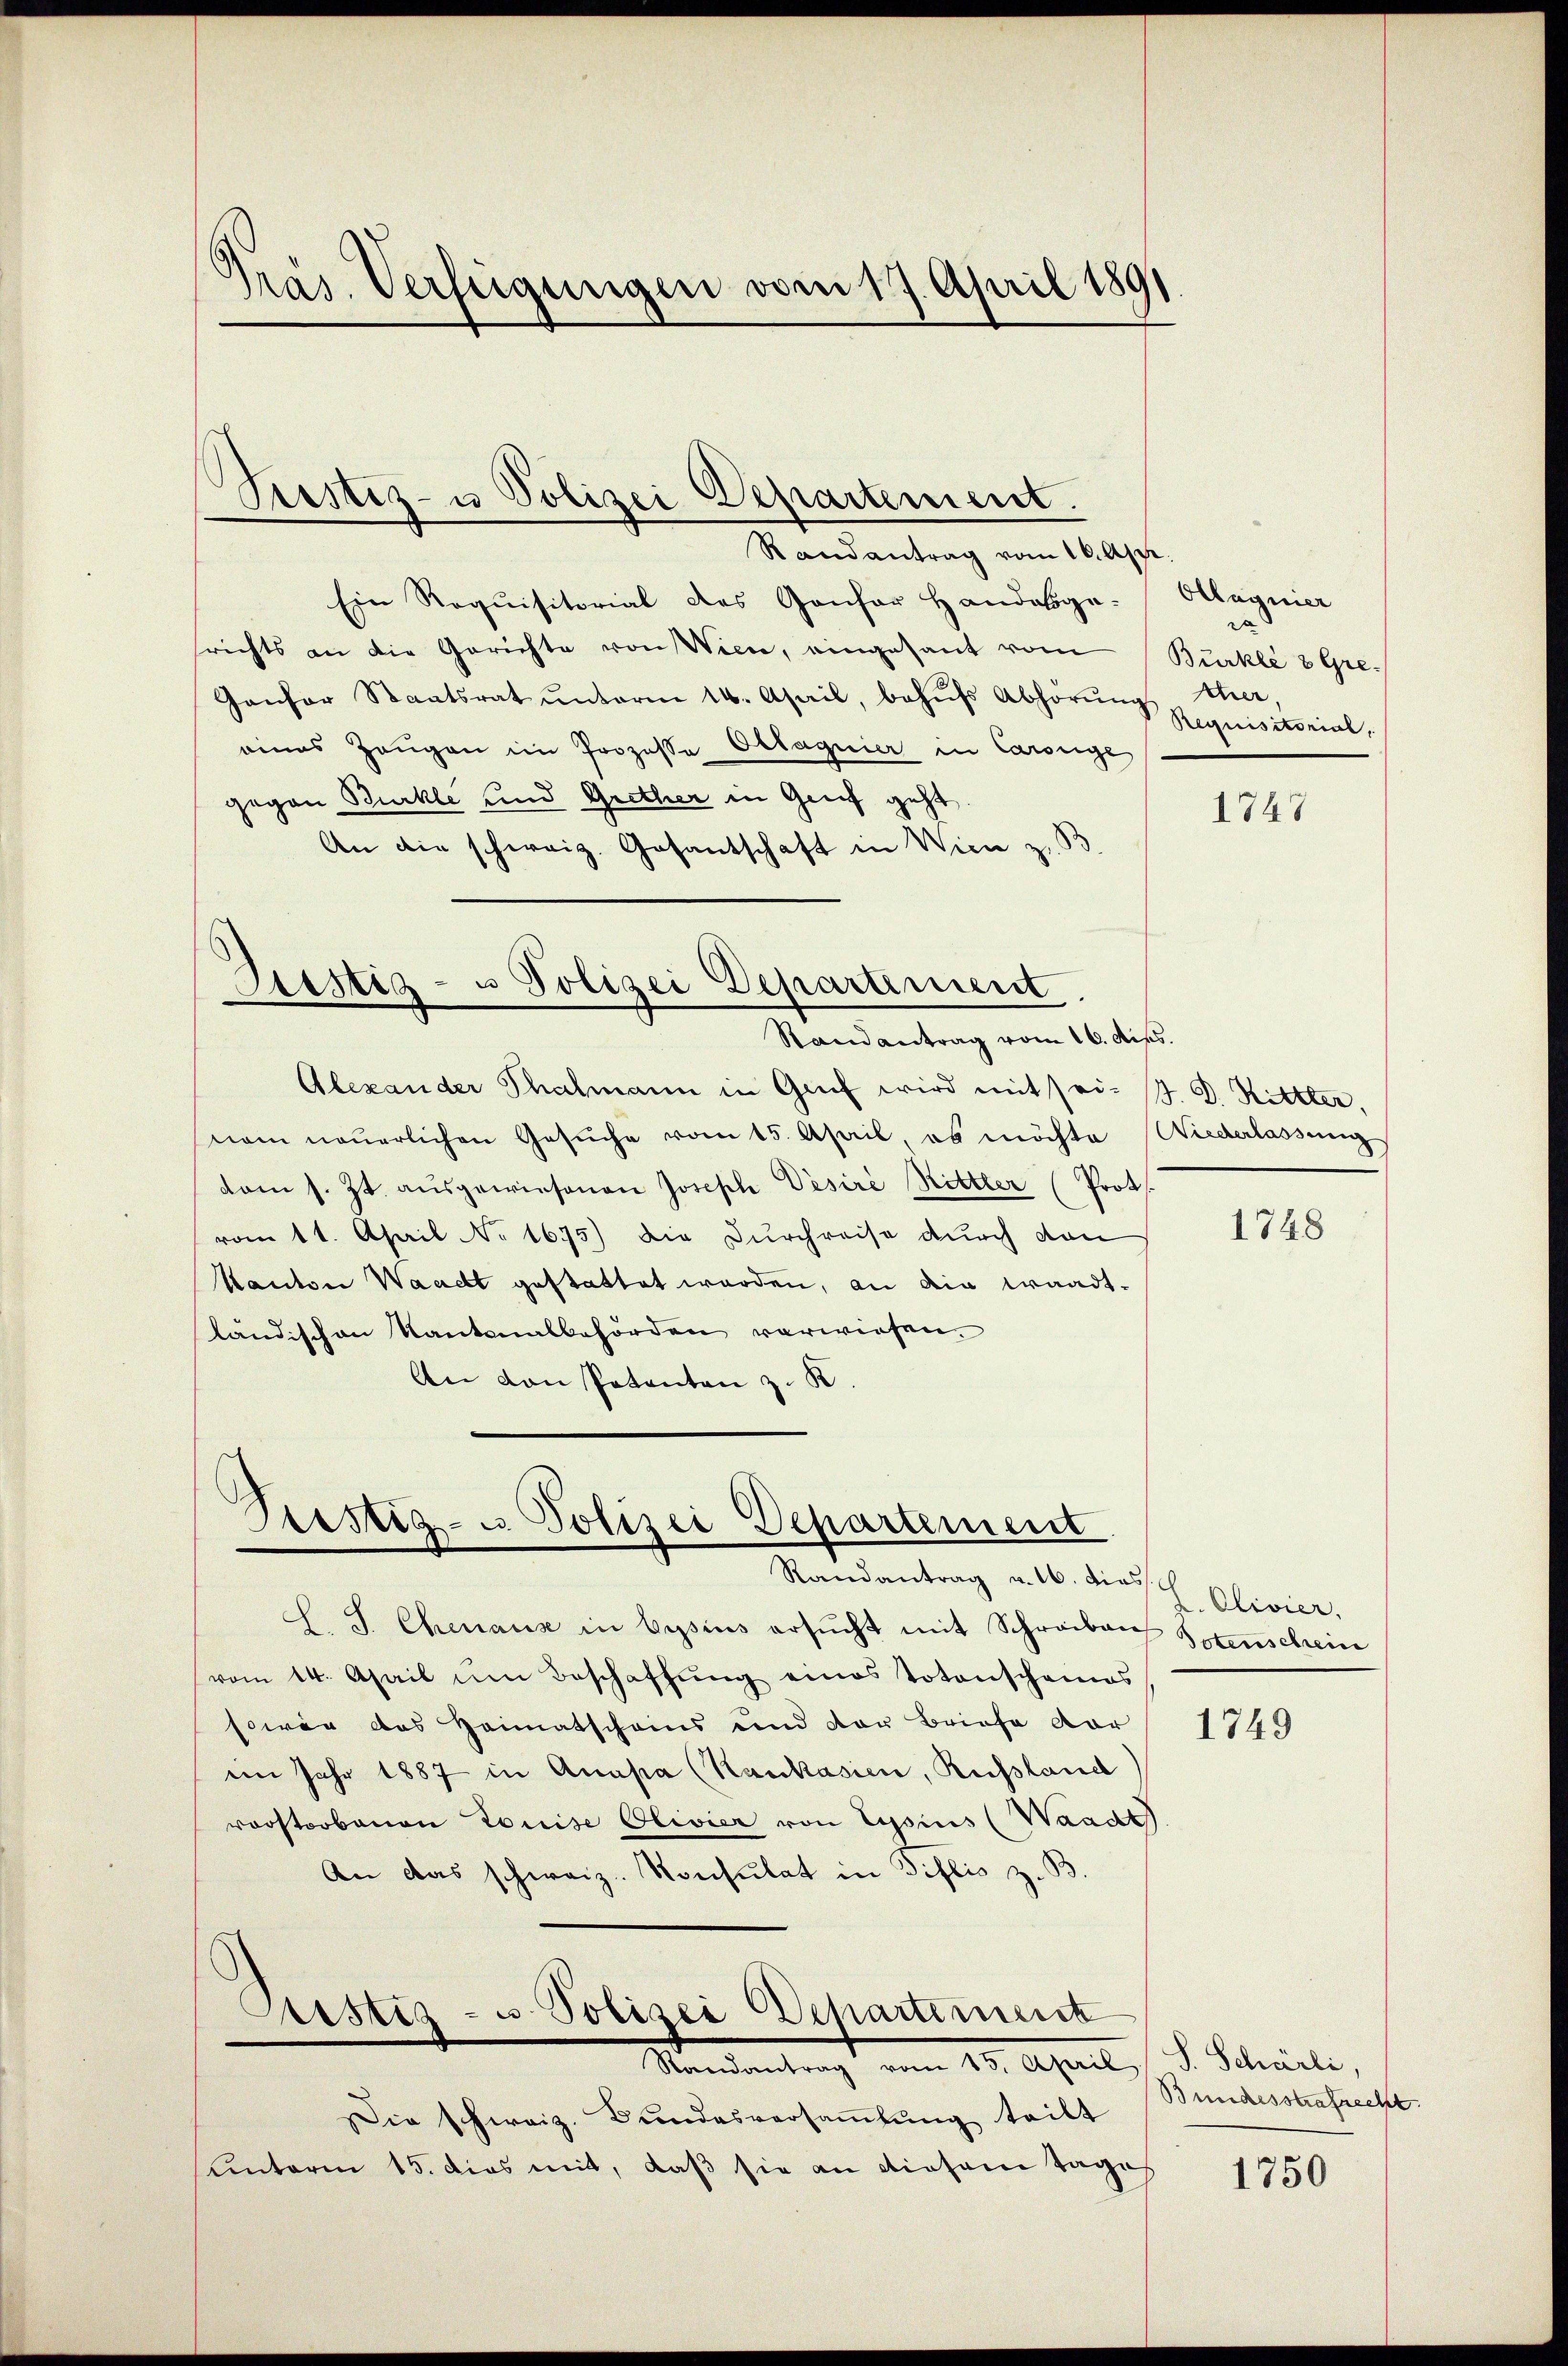
Pras. Verfügungen vom 17. April 1891

Trestiz- u Polizei Departement.

Bestiz- u Polizei Departiment
Randantrag vom 16. Aus

Randantrag vom 16. Apri
Ein Requisitorial des Gansor Handesge-
srichts an die Gerichte von Wien, eingesant vom
Gansor Staatsrat ŭnterm 14. April, behŭfs Abhörŭng
eines Zeugen im Prozessa Ollagnier in Carsige
gegen Bürkli und Grether in Genf geht.
An die schweiz. Gesantschaft in Wien z. B
Alexander Thalmann in Gruf wird mit sei. M. D. Rittler,
nem neuerlichen Gesuche vom 15. April es möchte Wiederlassung
vom s. Zt. aŭsgewiesenen Joseph Pesiré Rittler (Prot.
vom 11. April No 1675) die Durchreise durch dan
Kanton Waadt gestattet werden, an die Waadt-
ländischen Kantonalbehörden verwiesen.
An von Petenten z. K.

Pestig- u Polizei Departement.
Randantrag u. 16. dies

h. J. Chenaus in bysius ersŭcht mit Schreiben Totenscheine
vom 14. April im Beschaffŭng eines Totenscheines
sowie das Heimatscheins und der Briefe vor
im Jahr 1887 in Anapa (Kaukasien, Russland
vorstorbenen Louise Olivier von Lysius (Waadt
An das schweiz. Konsulat in Diflis z. B.
Justiz- u Polizei Departement
Standentrag vom 15. April,
Die schweiz. Bundesversaṁlŭng teilt
Unterm 15. dies mit, daß sie an diesem Tages

Ollagnier
Burklé 8 Grekher,
Requisitorial,

1747

1748

I. Clivier,

1749

S. Schörli,
Bundesstrafrecht.

1750